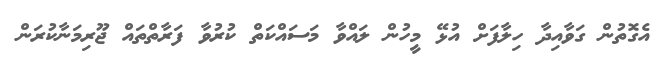
އެގޮތުން ގަވާއިދާ ހިލާފަށް އުޅޭ މީހުން ލައްވާ މަސައްކަތް ކުރުވާ ފަރާތްތައް ޖޫރިމަނާކުރަން